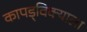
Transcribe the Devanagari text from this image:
कापड्विक्याला